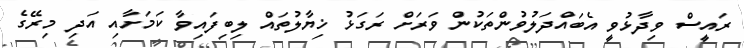
ރައީސް ވިދާޅުވީ އެބައްދަލުވުންތަކުން ވަރަށް ރަގަޅު ޚިޔާލުތައް ލިބިފައިވާ ކަމަށާއި އަދި މިރޭގެ